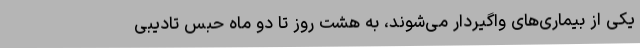
یکی از بیماری‌های واگیردار می‌شوند، به هشت روز تا دو ماه حبس تادیبی